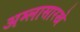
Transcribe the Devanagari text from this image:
अम्लासारखे